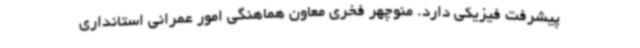
پیشرفت فیزیکی دارد. منوچهر فخری معاون هماهنگی امور عمرانی استانداری